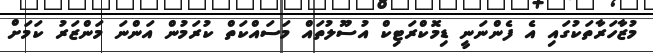
މުޒާހަރާތަކުގައި އެ ފެންނަނީ ޑިމޮކްރަޓިކް އުސޫލުތައް މަސައްކަތް ކުރަމުން އަންނަ މަންޒަރު ކަމަށް